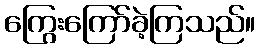
ကြွေးကြော်ခဲ့ကြသည်။